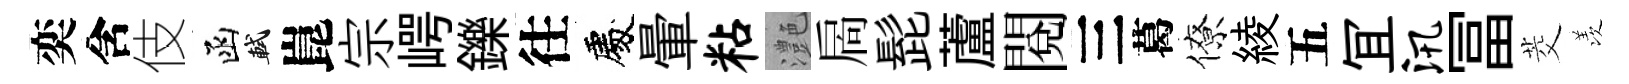
奕含伎函軾崑宗崿鑠往處暈粘灔扄髭蘆閲三葛僚綾五冝汛冨茭羡